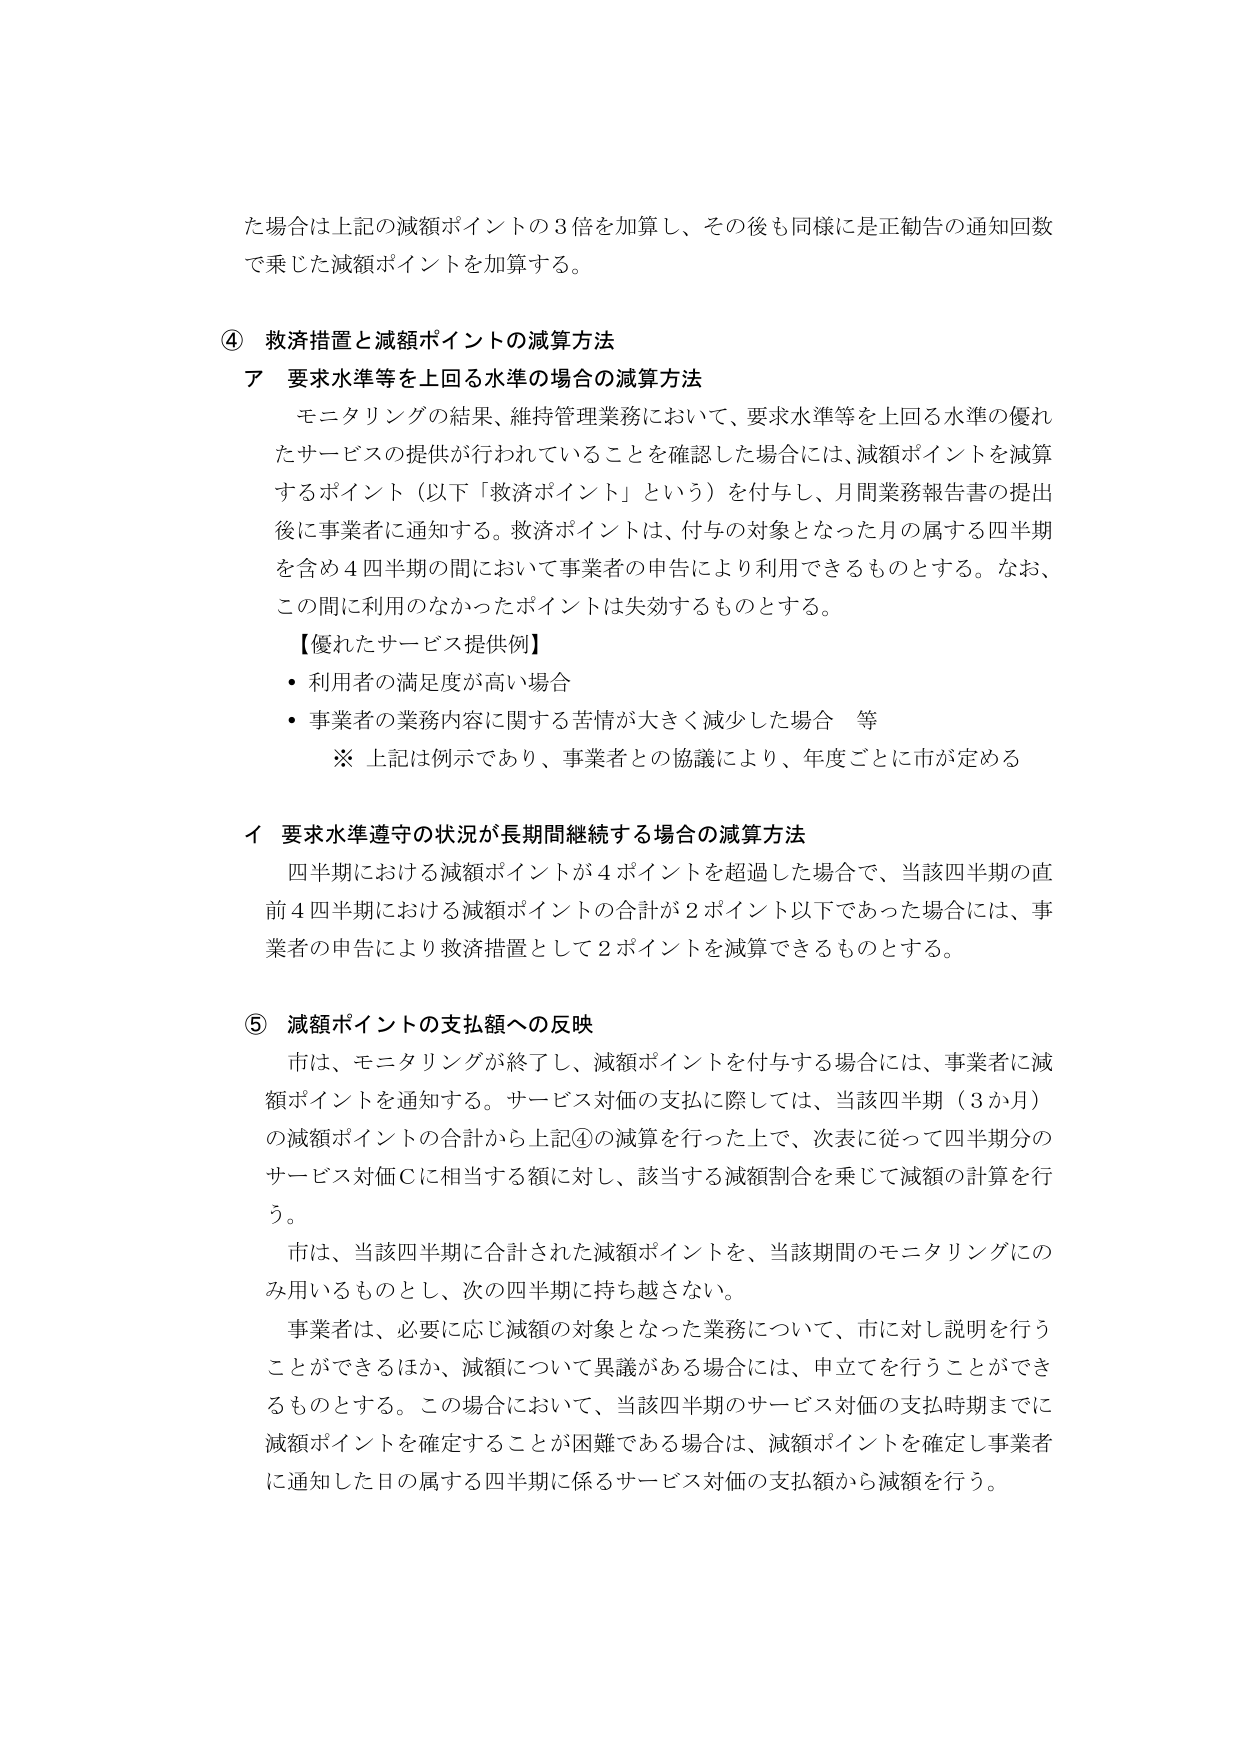
た場合は上記の減額ポイントの３倍を加算し、その後も同様に是正勧告の通知回数で乗じた減額ポイントを加算する。

④ 救済措置と減額ポイントの減算方法
ア 要求水準等を上回る水準の場合の減算方法
モニタリングの結果、維持管理業務において、要求水準等を上回る水準の優れたサービスの提供が行われていることを確認した場合には、減額ポイントを減算するポイント（以下「救済ポイント」という）を付与し、月間業務報告書の提出後に事業者に通知する。救済ポイントは、付与の対象となった月の属する四半期を含め４四半期の間において事業者の申告により利用できるものとする。なお、この間に利用のなかったポイントは失効するものとする。

【優れたサービス提供例】
・利用者の満足度が高い場合
・事業者の業務内容に関する苦情が大きく減少した場合　等
※ 上記は例示であり、事業者との協議により、年度ごとに市が定める

イ 要求水準遵守の状況が長期間継続する場合の減算方法
四半期における減額ポイントが４ポイントを超過した場合で、当該四半期の直前４四半期における減額ポイントの合計が２ポイント以下であった場合には、事業者の申告により救済措置として２ポイントを減算できるものとする。

⑤ 減額ポイントの支払額への反映
市は、モニタリングが終了し、減額ポイントを付与する場合には、事業者に減額ポイントを通知する。サービス対価の支払に際しては、当該四半期（３か月）の減額ポイントの合計から上記④の減算を行った上で、次表に従って四半期分のサービス対価Ｃに相当する額に対し、該当する減額割合を乗じて減額の計算を行う。
市は、当該四半期に合計された減額ポイントを、当該期間のモニタリングにのみ用いるものとし、次の四半期に持ち越さない。
事業者は、必要に応じ減額の対象となった業務について、市に対し説明を行うことができるほか、減額について異議がある場合には、申立てを行うことができるものとする。この場合において、当該四半期のサービス対価の支払時期までに減額ポイントを確定することが困難である場合は、減額ポイントを確定し事業者に通知した日の属する四半期に係るサービス対価の支払額から減額を行う。